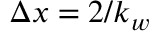
\Delta x = 2 / k _ { w }